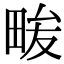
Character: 𭻒